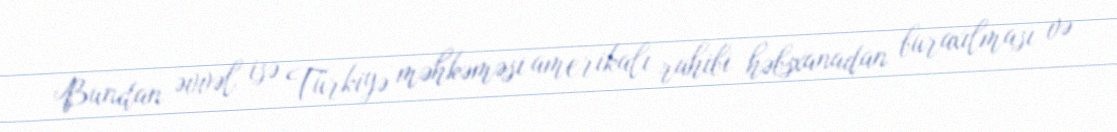
Bundan əvvəl isə Türkiyə məhkəməsi amerikalı rahibi həbsxanadan buraxılması və